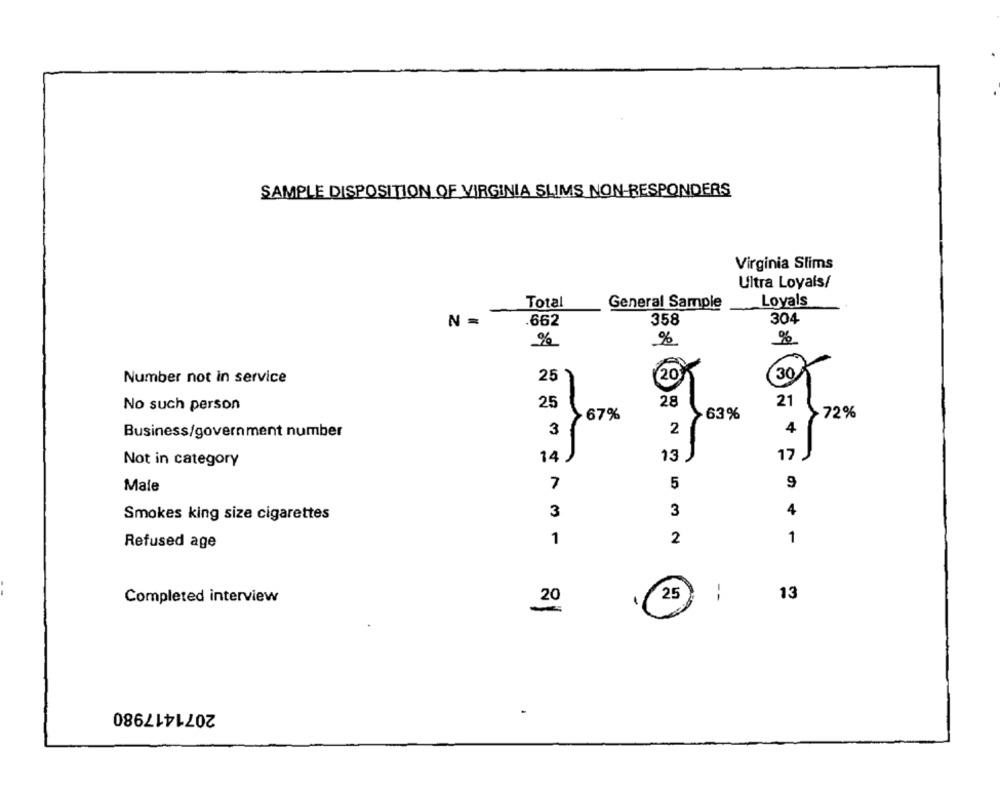
SAMPLE DISPOSITION OF VIRGINIA SLIMS NON-RESPONDERS
Virginia Slims
Ultra Loyals/
Total
General Sample
Loyals
.662
358
304
%
%
%
Number not in service
25
201
30
25
28
21
No such person
67%
63%
72%
Business/government number
3
2
4
14
13
17
Not in category
5
9
Male
7
3
3
4
Smokes king size cigarettes
1
1
Refused age
2
--
Completed interview
20
25
13
2071417980
-